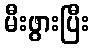
မီးဖွားပြီး